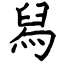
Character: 舄